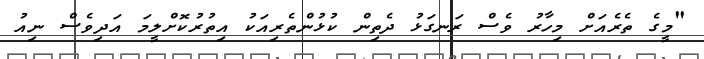
"މީގެ ތެރެއަށް މިހާރު ވެސް ރަނގަޅު ދެތިން ކުޅުންތެރިއަކު އިތުރުކޮށްލީމަ އަދިވެސް ނިއު